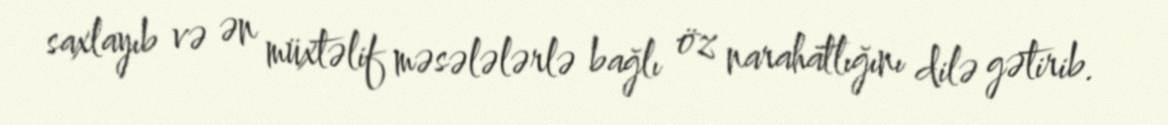
saxlayıb və ən müxtəlif məsələlərlə bağlı öz narahatlığını dilə gətirib.